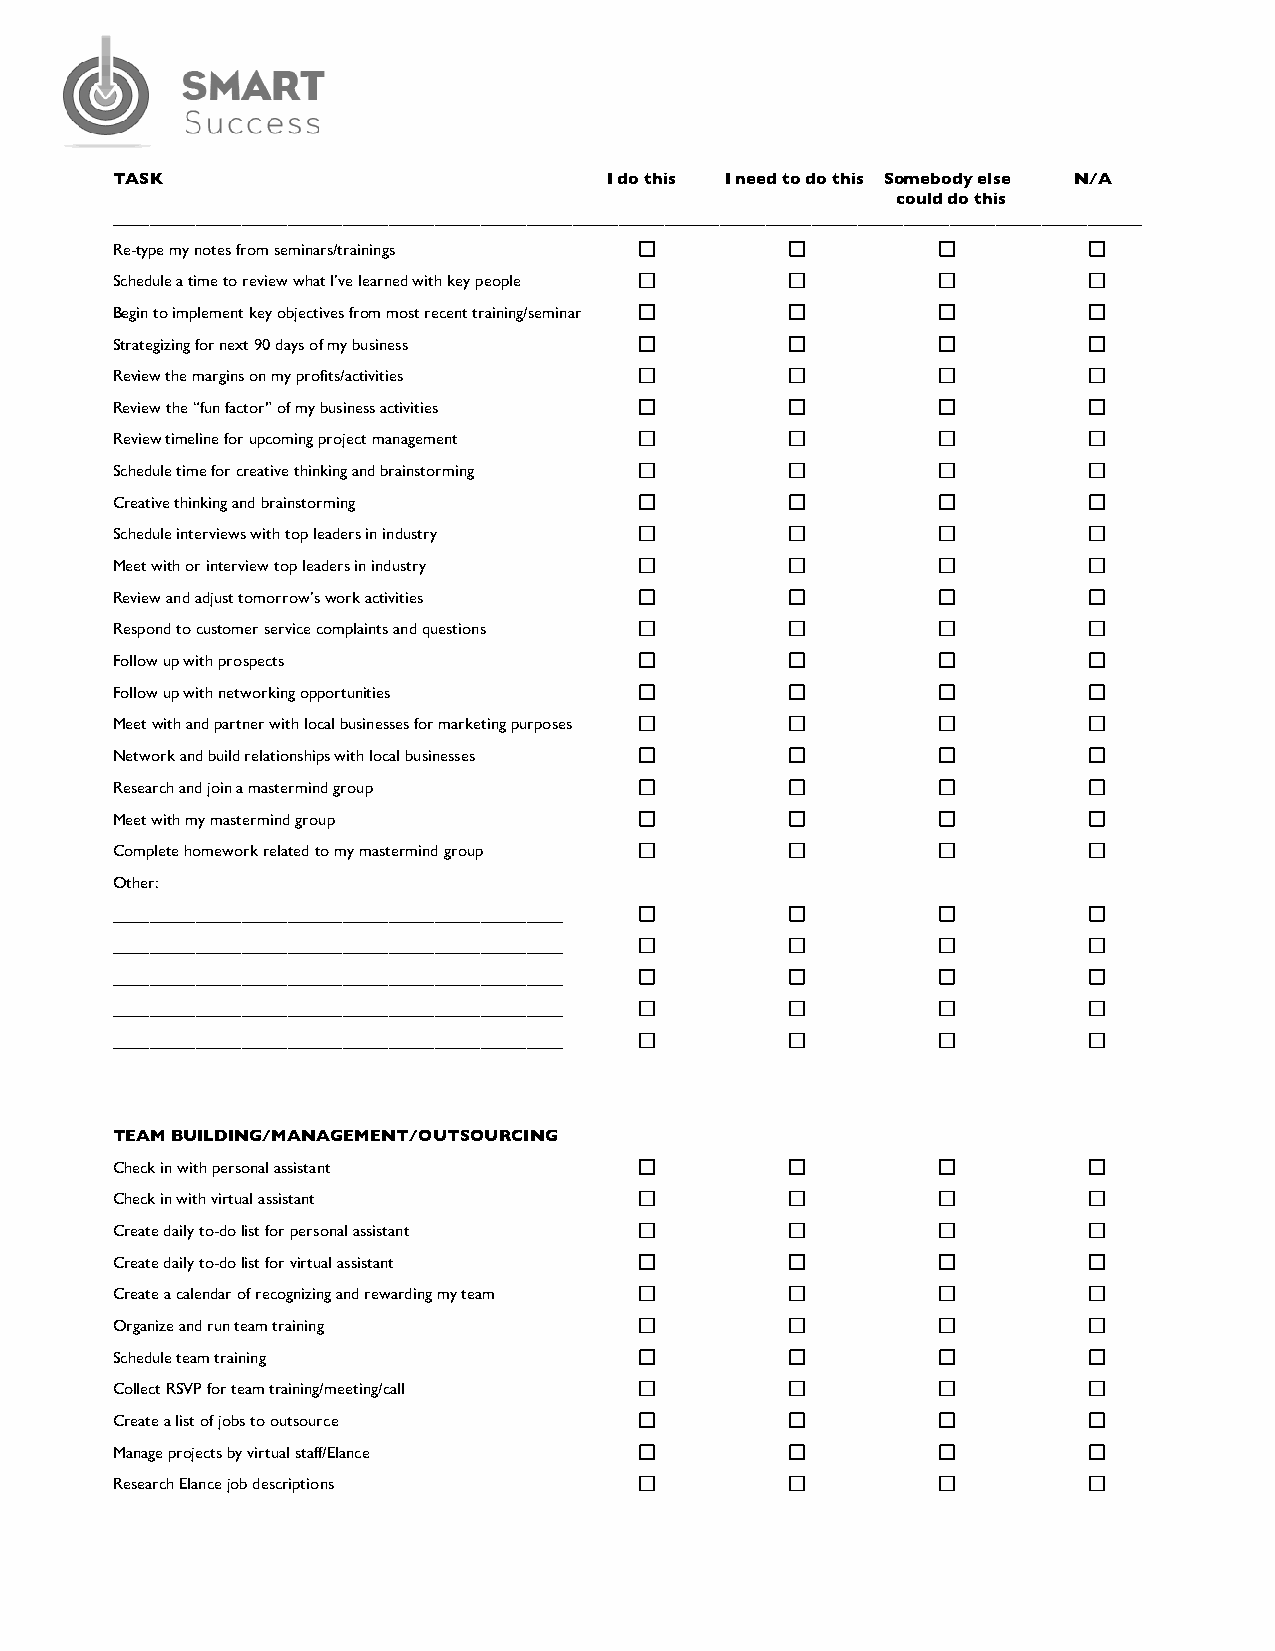
TASK                             I do this I need to do this Somebody else N/A
 could do this
 ________________________________________________________________________________________________________________
 Re-type my notes from seminars/trainings
 Schedule a time to review what I’ve learned with key people
 Begin to implement key objectives from most recent training/seminar
 Strategizing for next 90 days of my business
 Review the margins on my profits/activities
 Review the “fun factor” of my business activities
 Review timeline for upcoming project management
 Schedule time for creative thinking and brainstorming
 Creative thinking and brainstorming
 Schedule interviews with top leaders in industry
 Meet with or interview top leaders in industry
 Review and adjust tomorrow’s work activities
 Respond to customer service complaints and questions
 Follow up with prospects
 Follow up with networking opportunities
 Meet with and partner with local businesses for marketing purposes
 Network and build relationships with local businesses
 Research and join a mastermind group
 Meet with my mastermind group
 Complete homework related to my mastermind group
 Other:
 _________________________________________________
 _________________________________________________
 _________________________________________________
 _________________________________________________
 _________________________________________________
 TEAM BUILDING/MANAGEMENT/OUTSOURCING
 Check in with personal assistant
 Check in with virtual assistant
 Create daily to-do list for personal assistant
 Create daily to-do list for virtual assistant
 Create a calendar of recognizing and rewarding my team
 Organize and run team training
 Schedule team training
 Collect RSVP for team training/meeting/call
 Create a list of jobs to outsource
 Manage projects by virtual staff/Elance
 Research Elance job descriptions